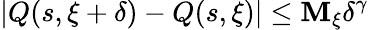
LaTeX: |Q(s,\xi+\delta)-Q(s,\xi)|\leq\mathbf{M}_{\xi}\delta^{\gamma}